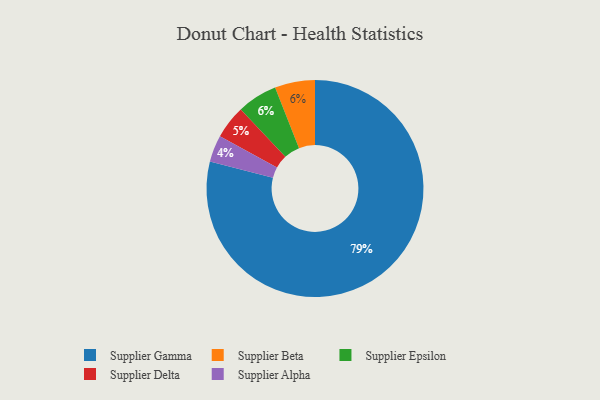
{"axis": {"x": "Category", "y": "Percentage"}, "legend": ["Supplier Alpha", "Supplier Beta", "Supplier Delta", "Supplier Epsilon", "Supplier Gamma"], "data": [{"x": "Supplier Beta", "y": 6, "type": "Supplier Beta"}, {"x": "Supplier Gamma", "y": 79, "type": "Supplier Gamma"}, {"x": "Supplier Epsilon", "y": 6, "type": "Supplier Epsilon"}, {"x": "Supplier Delta", "y": 5, "type": "Supplier Delta"}, {"x": "Supplier Alpha", "y": 4, "type": "Supplier Alpha"}]}